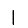
Digit: 1